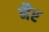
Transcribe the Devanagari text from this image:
नैर